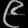
Digit: ၉